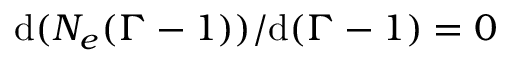
\mathrm { d } ( N _ { e } ( \Gamma - 1 ) ) / \mathrm { d } ( \Gamma - 1 ) = 0